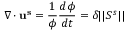
\nabla \cdot \mathbf { u ^ { s } } = \frac { 1 } { \phi } \frac { d \phi } { d t } = \delta \vert \vert \boldsymbol { S ^ { s } } \vert \vert